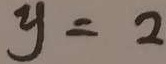
y = 2